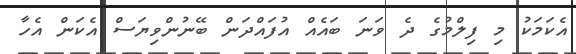
އެކަމަކު މި ފިލްމުގެ ދެ ވަނަ ބައެއް އުފައްދަން ބޭނުންވިޔަސް އެކަން އެހާ